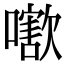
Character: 𡁍